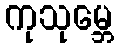
ကုသုမ္ဘေ